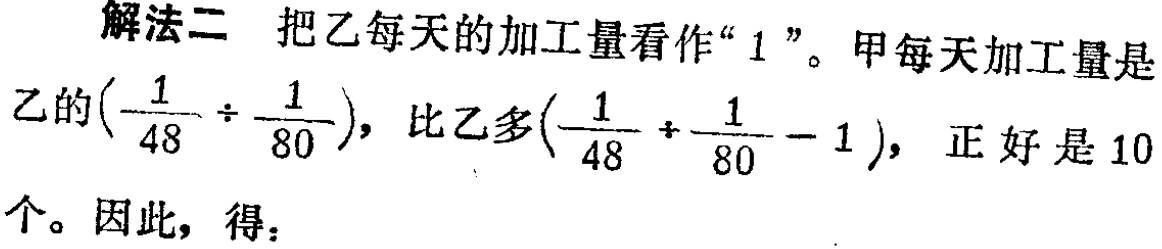
解法二 把乙每天的加工量看作“$1$”。甲每天加工量是乙的$(\frac{1}{48} \div \frac{1}{80})$，比乙多$(\frac{1}{48} \div \frac{1}{80} - 1)$，正好是$10$个。因此，得：